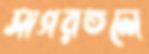
সাগরতলে